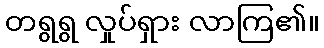
တရွရွ လှုပ်ရှား လာကြ၏။